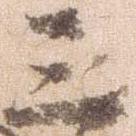
三